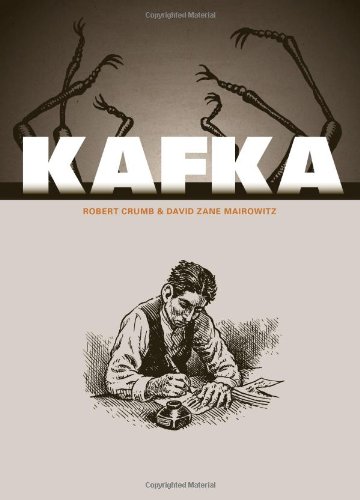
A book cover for Kafka; R. Crumb; Comics & Graphic Novels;